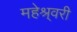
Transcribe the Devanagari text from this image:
महेश्र्वरी